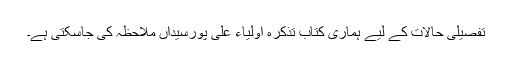
تفصیلی حالات کے لیے ہماری کتاب تذکرہ اَولیاء علی پورسیّداں ملاحظہ کی جاسکتی ہے۔